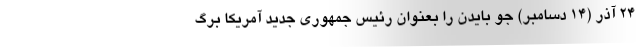
۲۴ آذر (۱۴ دسامبر) جو بایدن را بعنوان رئیس جمهوری جدید آمریکا برگ